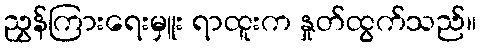
ညွှန်ကြားရေးမှူး ရာထူးက နှုတ်ထွက်သည်။